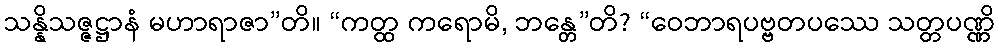
သန္နိသဇ္ဇဋ္ဌာနံ မဟာရာဇာ”တိ။ “ကတ္ထ ကရောမိ, ဘန္တေ”တိ? “ဝေဘာရပဗ္ဗတပဿေ သတ္တပဏ္ဏိ